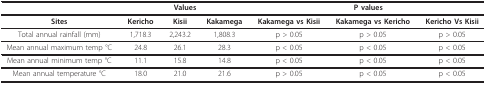
<table><thead><tr><td></td><td colspan="3"><b>Values</b></td><td colspan="3"><b>P values</b></td></tr></thead><tbody><tr><td><b>Sites</b></td><td><b>Kericho</b></td><td><b>Kisii</b></td><td><b>Kakamega</b></td><td><b>Kakamega vs Kisii</b></td><td><b>Kakamega vs Kericho</b></td><td><b>Kericho Vs Kisii</b></td></tr><tr><td>Total annual rainfall (mm)</td><td>1,718.3</td><td>2,243.2</td><td>1,808.3</td><td>p &gt; 0.05</td><td>p &gt; 0.05</td><td>p &gt; 0.05</td></tr><tr><td>Mean annual maximum temp °C</td><td>24.8</td><td>26.1</td><td>28.3</td><td>p &lt; 0.05</td><td>p &lt; 0.05</td><td>p &lt; 0.05</td></tr><tr><td>Mean annual minimum temp °C</td><td>11.1</td><td>15.8</td><td>14.8</td><td>p &lt; 0.05</td><td>p &lt; 0.05</td><td>p &lt; 0.05</td></tr><tr><td>Mean annual temperature °C</td><td>18.0</td><td>21.0</td><td>21.6</td><td>p &gt; 0.05</td><td>p &lt; 0.05</td><td>p &lt; 0.05</td></tr></tbody></table>